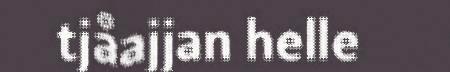
tjåajjan helle